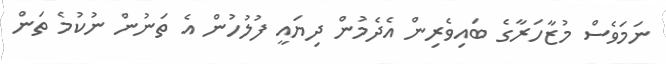
ނަމަވެސް މުޒާހަރާގެ ބައިވެރިން އެދެމުން ދިޔައީ ފުލުހުން އެ ތަނުން ނުކުމެ ތަން